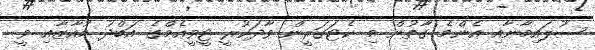
ސުލައިމާނާއި އެންމެ ގާތުން މި ކެޓަގަރީން ވާދަކުރީ ޓީވީއެމްގެ އަބްދު މުއާޒާއި ވީ